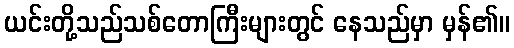
ယင်းတို့သည်သစ်တောကြီးများတွင် နေသည်မှာ မှန်၏။